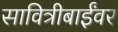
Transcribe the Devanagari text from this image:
सावित्रीबाईंवर